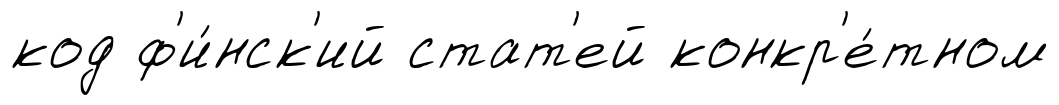
код ф'и́нск'ий стат'ей конкр'е́тном